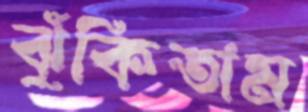
ঝুঁকিতাম